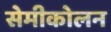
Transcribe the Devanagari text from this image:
सेमीकोलन